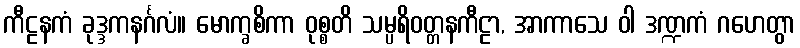
ကီဠနကံ ခုဒ္ဒကနင်္ဂလံ။ မောက္ခစိကာ ဝုစ္စတိ သမ္ပရိဝတ္တနကီဠာ, အာကာသေ ဝါ ဒဏ္ဍကံ ဂဟေတွာ